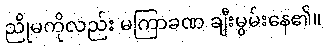
ညိုမကိုလည်း မကြာခဏ ချီးမွမ်းနေ၏။